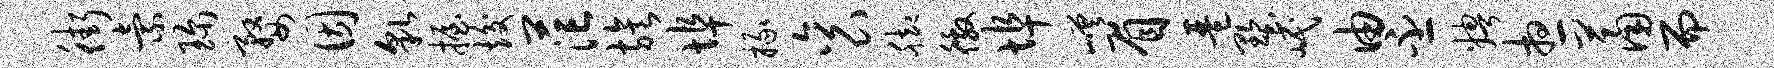
街索珍婺因貌握竣茫族埠掾衮脚徼埠嵯眉琶墅岷由丕娉想萧而